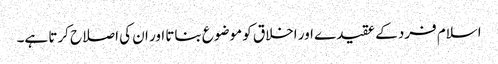
اسلام فرد کے عقیدے اور اخلاق کو موضوع بناتا اور ان کی اصلاح کرتا ہے۔